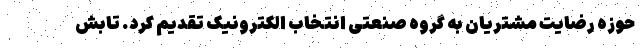
حوزه رضایت مشتریان به گروه صنعتی انتخاب الکترونیک تقدیم کرد. تابش